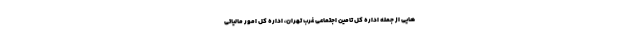
هایی از جمله اداره کل تامین اجتماعی غرب تهران، اداره کل امور مالیاتی